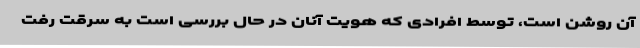
آن روشن است، توسط افرادی که هویت آنان در حال بررسی است به سرقت رفت